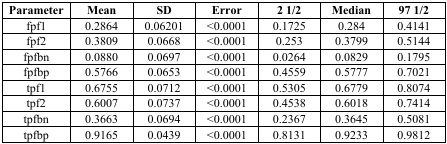
<table><thead><tr><td><b>Parameter</b></td><td><b>Mean</b></td><td><b>SD</b></td><td><b>Error</b></td><td><b>2 1/2</b></td><td><b>Median</b></td><td><b>97 1/2</b></td></tr></thead><tbody><tr><td>fpf1</td><td>0.2864</td><td>0.06201</td><td>&lt;0.0001</td><td>0.1725</td><td>0.284</td><td>0.4141</td></tr><tr><td>fpf2</td><td>0.3809</td><td>0.0668</td><td>&lt;0.0001</td><td>0.253</td><td>0.3799</td><td>0.5144</td></tr><tr><td>fpfbn</td><td>0.0880</td><td>0.0697</td><td>&lt;0.0001</td><td>0.0264</td><td>0.0829</td><td>0.1795</td></tr><tr><td>fpfbp</td><td>0.5766</td><td>0.0653</td><td>&lt;0.0001</td><td>0.4559</td><td>0.5777</td><td>0.7021</td></tr><tr><td>tpf1</td><td>0.6755</td><td>0.0712</td><td>&lt;0.0001</td><td>0.5305</td><td>0.6779</td><td>0.8074</td></tr><tr><td>tpf2</td><td>0.6007</td><td>0.0737</td><td>&lt;0.0001</td><td>0.4538</td><td>0.6018</td><td>0.7414</td></tr><tr><td>tpfbn</td><td>0.3663</td><td>0.0694</td><td>&lt;0.0001</td><td>0.2367</td><td>0.3645</td><td>0.5081</td></tr><tr><td>tpfbp</td><td>0.9165</td><td>0.0439</td><td>&lt;0.0001</td><td>0.8131</td><td>0.9233</td><td>0.9812</td></tr></tbody></table>